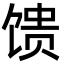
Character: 馈